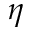
\eta